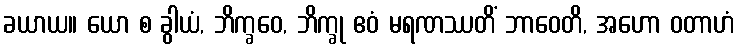
ခယာယ။ ယော စ ခွါယံ, ဘိက္ခဝေ, ဘိက္ခု ဧဝံ မရဏဿတိံ ဘာဝေတိ, အဟော ဝတာဟံ